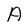
Character: A